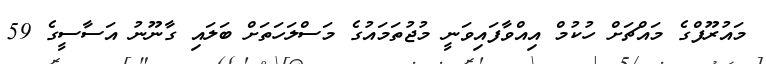
މައުރޫފްގެ މައްޗަށް ހުކުމް އިއްވާފައިވަނީ މުޖުތަމައުގެ މަސްލަހަތަށް ބަލައި ގާނޫނު އަސާސީގެ 59